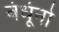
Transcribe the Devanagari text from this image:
बंधूंनो